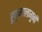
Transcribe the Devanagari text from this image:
हुकुमालागुनी